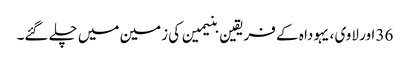
36 اور لاوی ، یہودا ہ کے فریقین بنیمین کی زمین میں چلے گئے۔